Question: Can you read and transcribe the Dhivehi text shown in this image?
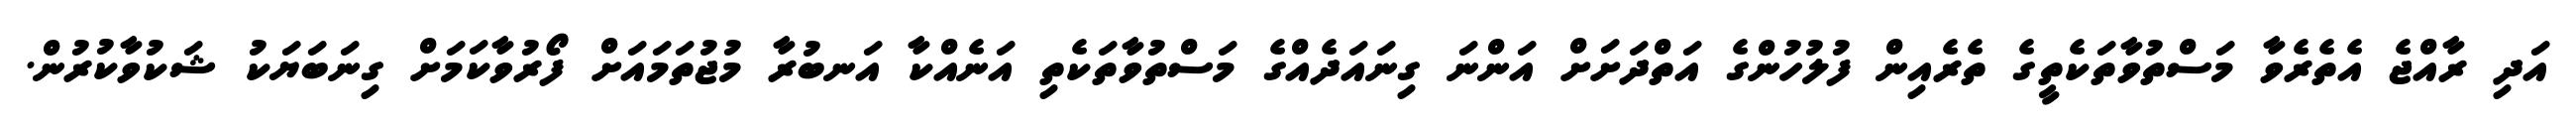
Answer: އަދި ރާއްޖެ އެތެރެވާ މަސްތުވާތަކެތީގެ ތެރެއިން ފުލުހުންގެ އަތްދަށަށް އަންނަ ގިނައަދެއްގެ މަސްތުވާތަކެތި އަނެއްކާ އަނބުރާ މުޖުތަމައަށް ފޯރުވާކަމަށް ގިނަބަޔަކު ޝަކުވާކުރުން.